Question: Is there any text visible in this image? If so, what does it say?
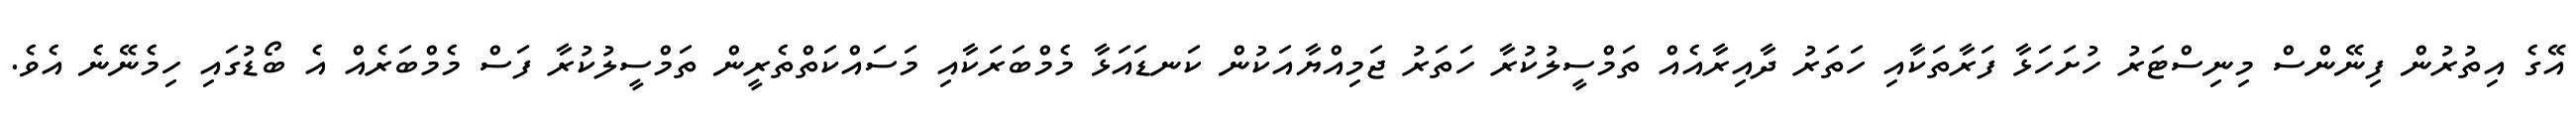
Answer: އޭގެ އިތުރުން ފިނޭންސް މިނިސްޓަރު ހުށަހަޅާ ފަރާތަކާއި ހަތަރު ދާއިރާއެއް ތަމްސީލުކުރާ ހަތަރު ޖަމިއްޔާއަކުން ކަނޑައަޅާ މެމްބަރަކާއި މަސައްކަތްތެރީން ތަމްސީލުކުރާ ފަސް މެމްބަރެއް އެ ބޯޑުގައި ހިމެނޭނެ އެވެ.